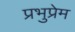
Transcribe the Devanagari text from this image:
प्रभुप्रेम